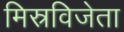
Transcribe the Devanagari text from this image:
मिस्रविजेता